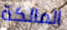
المالكة